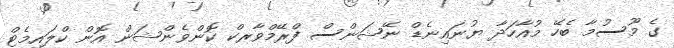
ގެ މޫސުމާ ބެހޭ މުއާހަދާ ޔުނައިނެޑް ނޭޝަންސް ފްރޭމްވާރކް ކޮންވެންޝަން އޮން ކްލައިމެޓް